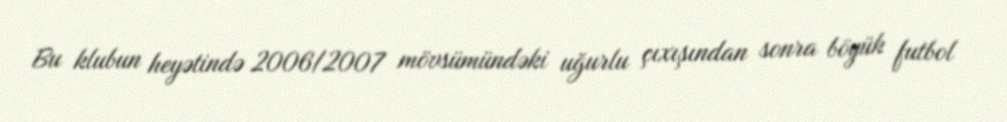
Bu klubun heyətində 2006/2007 mövsümündəki uğurlu çıxışından sonra böyük futbol